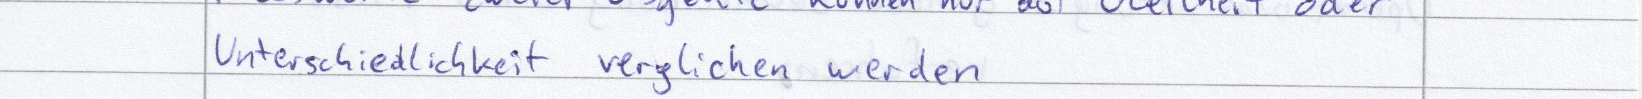
Unterschiedlichkeit verglichen werden